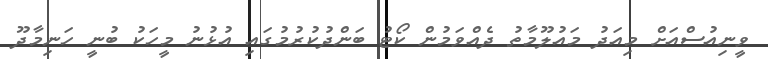
ވީނިއުސްއަށް މިއަދު މައުލޫމާތު ދެއްވަމުން ކޯޓު ބަންދުކުރުމުގައި އުޅުނު މީހަކު ބުނީ ހަނިމާދޫ